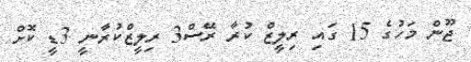
ޖޫން މަހުގެ 15 ގައި ރިލީޒް ކުރާ ރޭސް3 ރިލީޒްކުރާނީ 3ޑީ ކޮށް